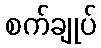
စက်ချုပ်